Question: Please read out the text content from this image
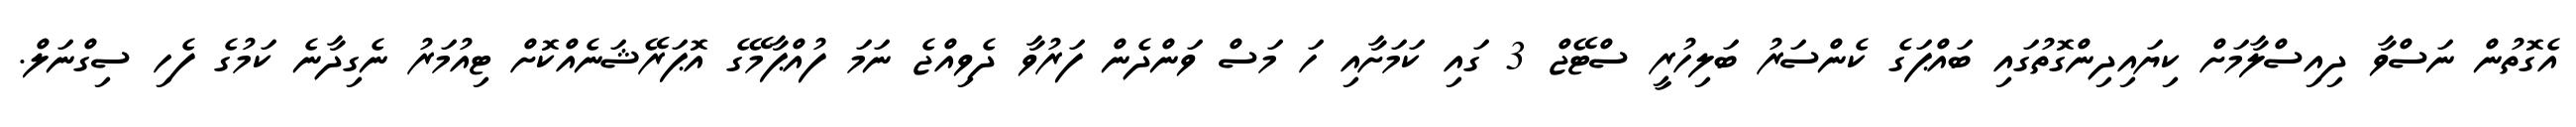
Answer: އެގޮތުން ނަސްވާ ދިއިސްލާމަށް ކިޔައިދިންގޮތުގައި ބައްޕަގެ ކެންސަރު ބަލިހުރީ ސްޓޭޖް 3 ގައި ކަމަށާއި ހަ މަސް ވަންދެން ފަރުވާ ދެވިއްޖެ ނަމަ ފުއްޕާމޭގެ އޮޕަރޭޝަނެއްކޮށް ޓިއުމަރު ނެގިދާނެ ކަމުގެ ފެހި ސިގްނަލް.